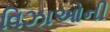
વિઝાઓની